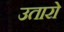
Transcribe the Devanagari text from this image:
उतारो